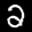
Label: 2